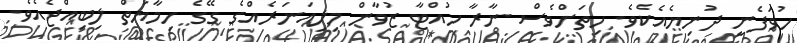
ހުވަފެނީ ދުނިޔެއެކެވެ. ހިތަށްވެސް ނާރާ ހުއްޓާ ޒުވާން މިލިއަނަރެއްގެ ގޭގެ ހިމާޔަތް ލިބިއްޖެއެވެ.